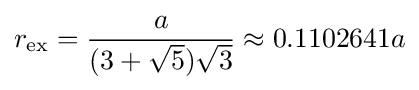
r_{\mathrm {ex} }={\frac {a}{(3+{\sqrt {5}}){\sqrt {3}}}}\approx 0.1102641a